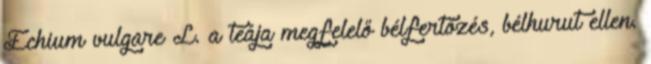
Echium vulgare L. a teája megfelelő bélfertőzés, bélhurut ellen.